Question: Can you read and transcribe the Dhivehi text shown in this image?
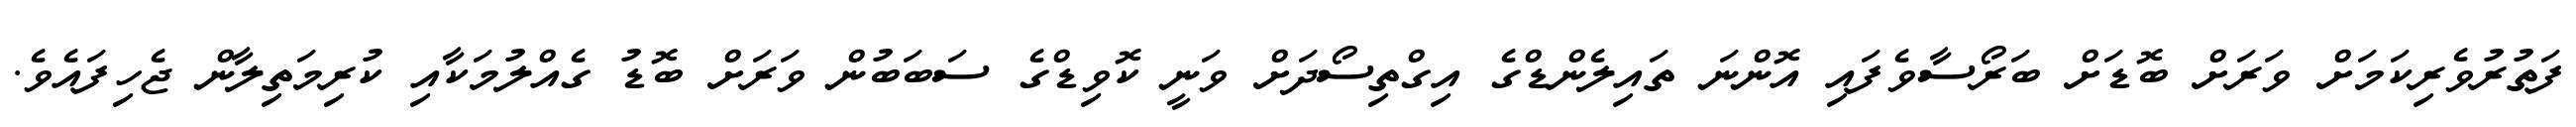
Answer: ފަތުރުވެރިކަމަށް ވަރަށް ބޮޑަށް ބަރޯސާވެފައި އޮންނަ ތައިލެންޑްގެ އިގްތިސޯދަށް ވަނީ ކޮވިޑްގެ ސަބަބުން ވަރަށް ބޮޑު ގެއްލުމަކާއި ކުރިމަތިލާން ޖެހިފައެވެ.